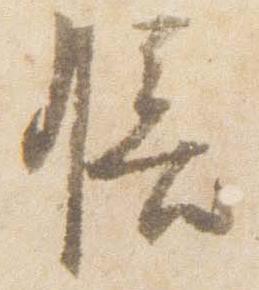
膳